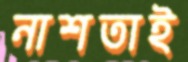
নাশতাই